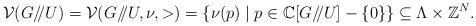
LaTeX: \begin{align*}{\cal V}(G/\hskip -3.5pt/U)={\cal V}(G/\hskip -3.5pt/U,\nu,>)=\{\nu({p})\mid p\in \mathbb C[G/\hskip -3.5pt/U]-\{0\}\}\subseteq \Lambda\times\mathbb Z^N.\end{align*}